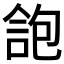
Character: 𠌑